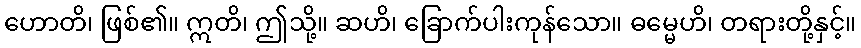
ဟောတိ၊ ဖြစ်၏။ ဣတိ၊ ဤသို့။ ဆဟိ၊ ခြောက်ပါးကုန်သော။ ဓမ္မေဟိ၊ တရားတို့နှင့်။